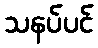
သနပ်ပင်